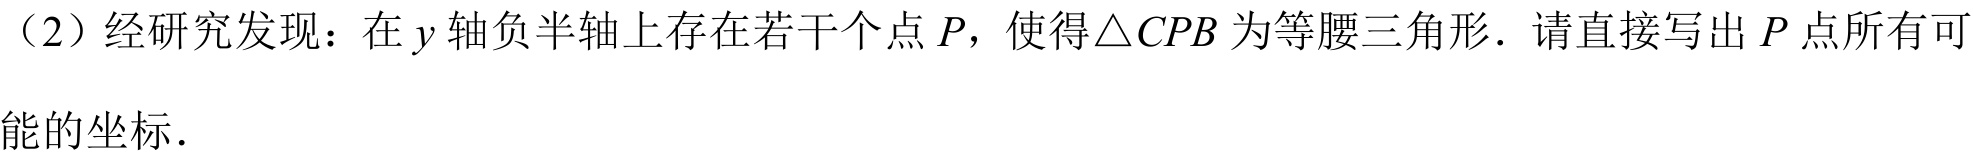
（2）经研究发现：在\(y\)轴负半轴上存在若干个点\(P\)，使得\(\triangle CPB\)为等腰三角形. 请直接写出\(P\)点所有可
能的坐标.